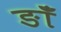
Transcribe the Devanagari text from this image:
ङाँ